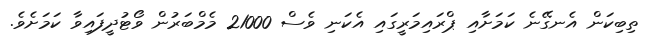
ތިބިކަން އެނގޭނެ ކަމަށާއި ޕްރައިމަރީގައި އެކަނި ވެސް 21000 މެމްބަރުން ވޯޓުދީފައިވާ ކަމަށެވެ.